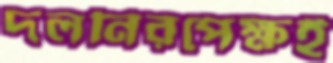
দলনিরপেক্ষই